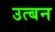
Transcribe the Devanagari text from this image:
उत्बन